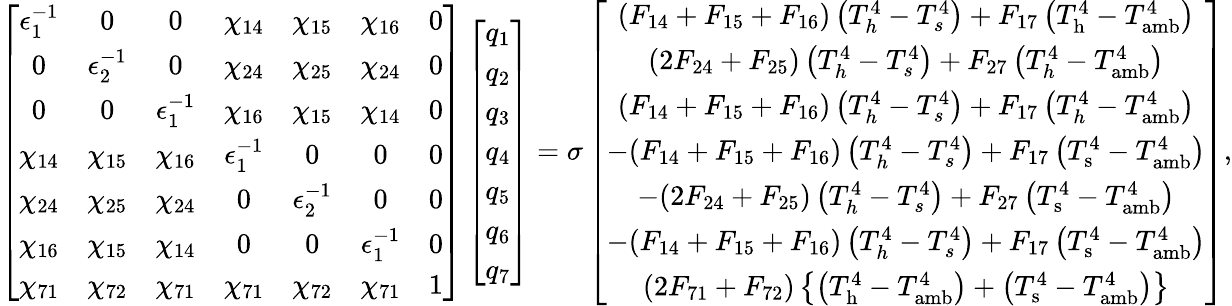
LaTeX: \left[\begin{array}{ccccccc}{\epsilon_{1}^{-1}}&{0}&{0}&{\chi_{14}}&{\chi_{15}}&{\chi_{16}}&{0}\\ {0}&{\epsilon_{2}^{-1}}&{0}&{\chi_{24}}&{\chi_{25}}&{\chi_{24}}&{0}\\ {0}&{0}&{\epsilon_{1}^{-1}}&{\chi_{16}}&{\chi_{15}}&{\chi_{14}}&{0}\\ {\chi_{14}}&{\chi_{15}}&{\chi_{16}}&{\epsilon_{1}^{-1}}&{0}&{0}&{0}\\ {\chi_{24}}&{\chi_{25}}&{\chi_{24}}&{0}&{\epsilon_{2}^{-1}}&{0}&{0}\\ {\chi_{16}}&{\chi_{15}}&{\chi_{14}}&{0}&{0}&{\epsilon_{1}^{-1}}&{0}\\ {\chi_{71}}&{\chi_{72}}&{\chi_{71}}&{\chi_{71}}&{\chi_{72}}&{\chi_{71}}&{1}\end{array}\right]\left[\begin{array}{c}{q_{1}}\\ {q_{2}}\\ {q_{3}}\\ {q_{4}}\\ {q_{5}}\\ {q_{6}}\\ {q_{7}}\end{array}\right]=\sigma\left[\begin{array}{c}{(F_{14}+F_{15}+F_{16})\left(T_{h}^{4}-T_{s}^{4}\right)+F_{17}\left(T_{\mathrm{h}}^{4}-T_{\mathrm{amb}}^{4}\right)}\\ {(2F_{24}+F_{25})\left(T_{h}^{4}-T_{s}^{4}\right)+F_{27}\left(T_{h}^{4}-T_{\mathrm{amb}}^{4}\right)}\\ {(F_{14}+F_{15}+F_{16})\left(T_{h}^{4}-T_{s}^{4}\right)+F_{17}\left(T_{h}^{4}-T_{\mathrm{amb}}^{4}\right)}\\ {-(F_{14}+F_{15}+F_{16})\left(T_{h}^{4}-T_{s}^{4}\right)+F_{17}\left(T_{\mathrm{s}}^{4}-T_{\mathrm{amb}}^{4}\right)}\\ {-(2F_{24}+F_{25})\left(T_{h}^{4}-T_{s}^{4}\right)+F_{27}\left(T_{\mathrm{s}}^{4}-T_{\mathrm{amb}}^{4}\right)}\\ {-(F_{14}+F_{15}+F_{16})\left(T_{h}^{4}-T_{s}^{4}\right)+F_{17}\left(T_{\mathrm{s}}^{4}-T_{\mathrm{amb}}^{4}\right)}\\ {(2F_{71}+F_{72})\left\{ \left(T_{\mathrm{h}}^{4}-T_{\mathrm{amb}}^{4}\right)+\left(T_{\mathrm{s}}^{4}-T_{\mathrm{amb}}^{4}\right)\right\} }\end{array}\right]{,}